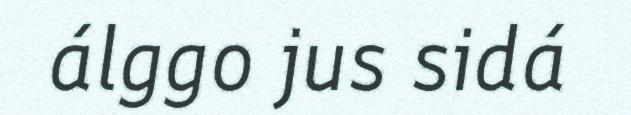
álggo jus sidá